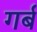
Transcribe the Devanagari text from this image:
गर्ब